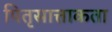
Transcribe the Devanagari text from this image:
पितृसात्ताकता